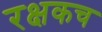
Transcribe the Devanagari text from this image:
रक्षकच